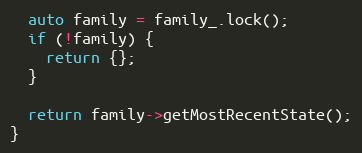
Language: C++
  auto family = family_.lock();
  if (!family) {
    return {};
  }

  return family->getMostRecentState();
}